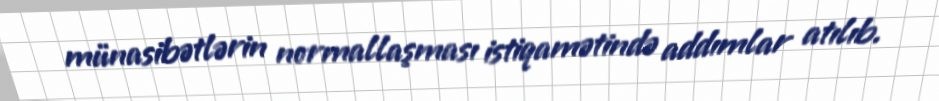
münasibətlərin normallaşması istiqamətində addımlar atılıb.